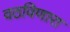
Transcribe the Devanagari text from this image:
वठविणारा